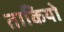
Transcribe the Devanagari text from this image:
ताकियो